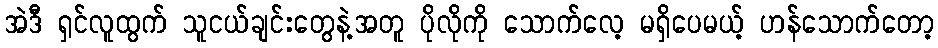
အဲဒီ ရှင်လူထွက် သူငယ်ချင်းတွေနဲ့အတူ ပိုလိုကို သောက်လေ့ မရှိပေမယ့် ဟန်သောက်တော့